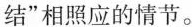
结”相照应的情节。